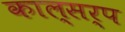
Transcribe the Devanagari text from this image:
काल्सर्प